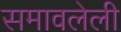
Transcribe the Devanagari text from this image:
समावलेली